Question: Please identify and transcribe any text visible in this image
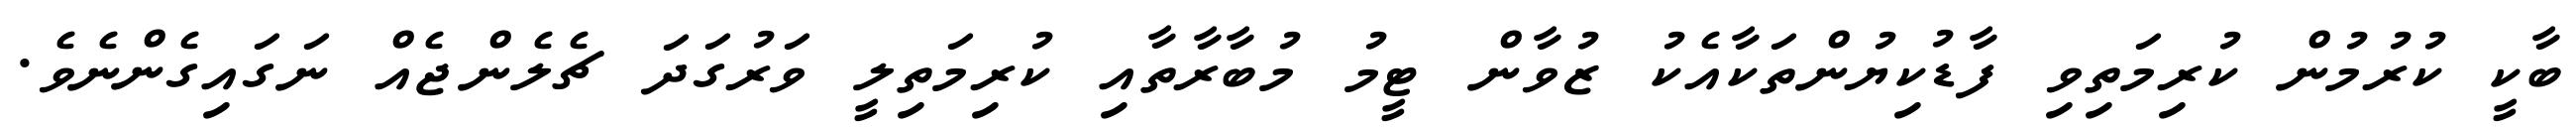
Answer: ބާކީ ކުރުމުން ކުރިމަތިވި ފާޑުކިޔުންތަކާއެކު ޒުވާން ޓީމު މުބާރާތާއި ކުރިމަތިލީ ވަރުގަދަ ޗެލެންޖެއް ނަގައިގެންނެވެ.